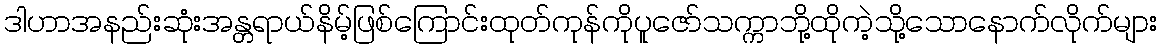
ဒါဟာအနည်းဆုံးအန္တရာယ်နိမ့်ဖြစ်ကြောင်းထုတ်ကုန်ကိုပူဇော်သက္ကာဘို့ထိုကဲ့သို့သောနောက်လိုက်များ